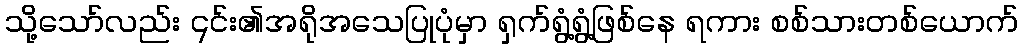
သို့သော်လည်း ၎င်း၏အရိုအသေပြုပုံမှာ ရှက်ရွံ့ရွံ့ဖြစ်နေ ရကား စစ်သားတစ်ယောက်